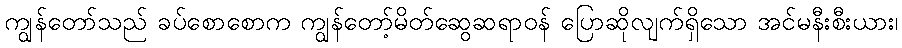
ကျွန်တော်သည် ခပ်စောစောက ကျွန်တော့်မိတ်ဆွေဆရာဝန် ပြောဆိုလျက်ရှိသော အင်မနီးစီးယား၊